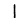
Digit: 1